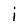
Character: i